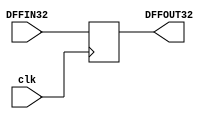
`timescale 1ns / 1ps
////////////////////////////////////////////////////////////////////////////////// 
// Created by Jassiel Deliz
// Design Name: 
// Module Name: DFF32
// Project Name: Multi Cycle MIPS Processor
// Description: 32-bit D-Flop-Flop to be added as a buffer/register for the main pipelined ALU
// 
// Dependencies: 
// 
// Revision:
// Revision 0.01 - File Created
// Additional Comments:
// 
//////////////////////////////////////////////////////////////////////////////////


module DFF32(DFFIN32, DFFOUT32, clk);
    input [31:0] DFFIN32;
    input clk;
    output reg [31:0] DFFOUT32;
     
    always @(posedge clk) begin
        DFFOUT32 = DFFIN32;
    end
endmodule